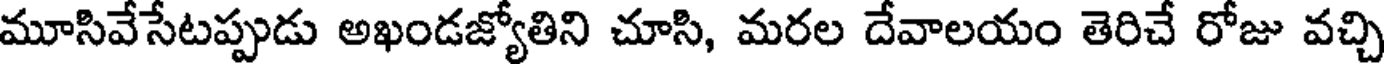
మూసివేసేటప్పుడు అఖండజ్యోతిని చూసి, మరల దేవాలయం తెరిచే రోజు వచ్చి